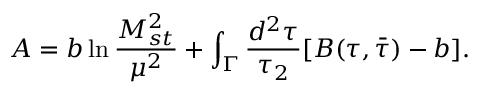
{ \cal A } = b \ln \frac { M _ { s t } ^ { 2 } } { \mu ^ { 2 } } + \int _ { \Gamma } \frac { d ^ { 2 } \tau } { \tau _ { 2 } } [ B ( \tau , { \bar { \tau } } ) - b ] .